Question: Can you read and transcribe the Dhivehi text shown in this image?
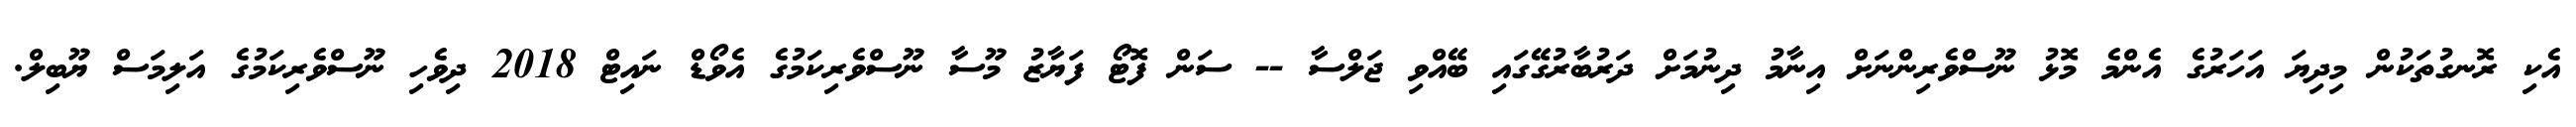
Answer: އެކި ރޮނގުތަކުން މިދިޔަ އަހަރުގެ އެންމެ މޮޅު ނޫސްވެރިންނަށް އިނާމު ދިނުމަށް ދަރުބާރުގޭގައި ބޭއްވި ޖަލްސާ -- ސަން ފޮޓޯ ފަޔާޒު މޫސާ ނޫސްވެރިކަމުގެ އެވޯޑް ނައިޓް 2018 ދިވެހި ނޫސްވެރިކަމުގެ އަލިމަސް ޔޫބިލް.